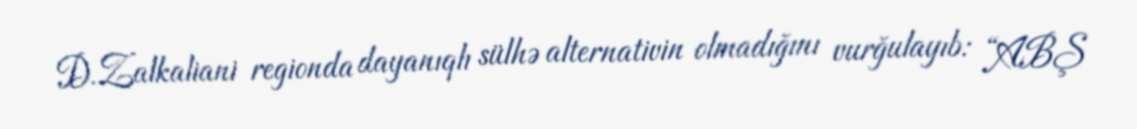
D.Zalkaliani regionda dayanıqlı sülhə alternativin olmadığını vurğulayıb: “ABŞ